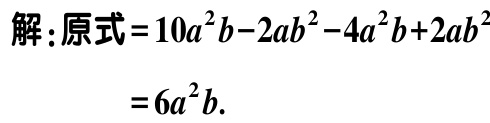
解：原式\( = 10a^{2}b - 2ab^{2} - 4a^{2}b + 2ab^{2}\)

\(= 6a^{2}b\).